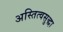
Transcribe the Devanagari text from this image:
अस्तित्वसुद्धा